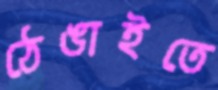
ঠেঙাইতে